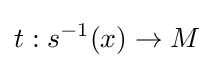
t:s^{-1}(x)\to M